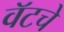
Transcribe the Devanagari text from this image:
वॅटचे